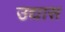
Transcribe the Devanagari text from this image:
उद्यास